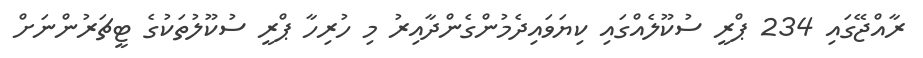
ރާއްޖޭގައި 234 ޕްރީ ސުކޫލެއްގައި ކިޔަވައިދެމުންގެންދާއިރު މި ހުރިހާ ޕްރީ ސުކޫލުތަކުގެ ޓީޗަރުންނަށް